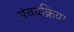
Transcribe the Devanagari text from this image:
संचयक्रिया